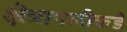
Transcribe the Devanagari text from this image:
क्षेत्रापलीकडे